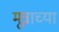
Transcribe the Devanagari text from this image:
मूत्राच्या